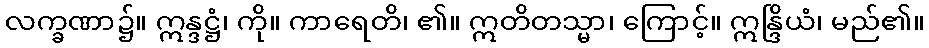
လက္ခဏာ၌။ ဣန္ဒဋ္ဌံ၊ ကို။ ကာရေတိ၊ ၏။ ဣတိတသ္မာ၊ ကြောင့်။ ဣန္ဒြိယံ၊ မည်၏။